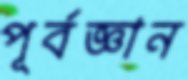
পূর্বজ্ঞান